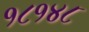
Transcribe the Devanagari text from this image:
१८१४८